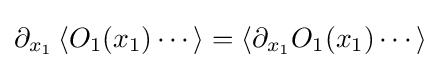
\partial _{x_{1}}\left\langle O_{1}(x_{1})\cdots \right\rangle =\left\langle \partial _{x_{1}}O_{1}(x_{1})\cdots \right\rangle